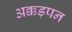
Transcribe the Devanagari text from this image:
अक्कड़पन